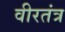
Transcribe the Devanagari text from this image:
वीरतंत्र